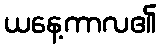
ယနေ့ကာလ၏